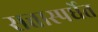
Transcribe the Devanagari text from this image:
सत्तास्पर्धेत